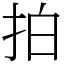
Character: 拍